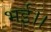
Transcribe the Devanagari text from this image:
भई।।